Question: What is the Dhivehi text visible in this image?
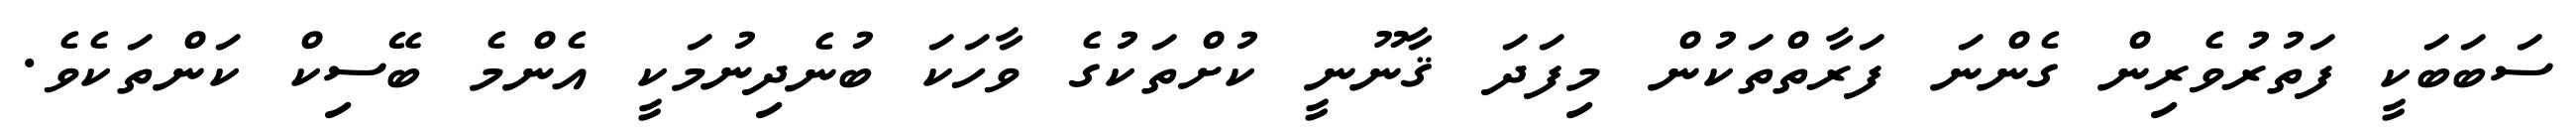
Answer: ސަބަބަކީ ފަތުރުވެރިން ގެންނަ ފަރާތްތަކުން މިފަދަ ޤާނޫނީ ކުށްތަކުގެ ވާހަކަ ބުނެދިނުމަކީ އެންމެ ބޭސިކް ކަންތަކެވެ.